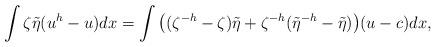
LaTeX: \begin{align*}\int\zeta\tilde\eta(u^h-u)dx=\int\big((\zeta^{-h}-\zeta)\tilde\eta+\zeta^{-h}(\tilde\eta^{-h}-\tilde\eta)\big)(u-c)dx,\end{align*}